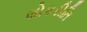
લોકરીતિ